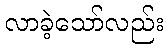
လာခဲ့သော်လည်း